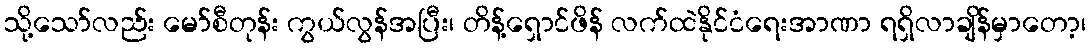
သို့သော်လည်း မော်စီတုန်း ကွယ်လွန်အပြီး၊ တိန့်ရှောင်ဖိန် လက်ထဲနိုင်ငံရေးအာဏာ ရရှိလာချိန်မှာတော့၊